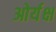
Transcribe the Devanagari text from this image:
ओर्यक्ष